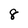
Character: 8